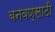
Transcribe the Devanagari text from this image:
बनवण्साठी